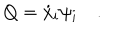
Q = { \dot { x } } _ { i } \psi _ { i } \quad .